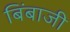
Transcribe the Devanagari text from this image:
बिंबाजी